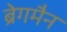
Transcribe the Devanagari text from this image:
ब्रेगमैन